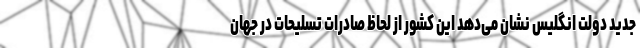
جدید دولت انگلیس نشان می‌دهد این کشور از لحاظ صادرات تسلیحات در جهان